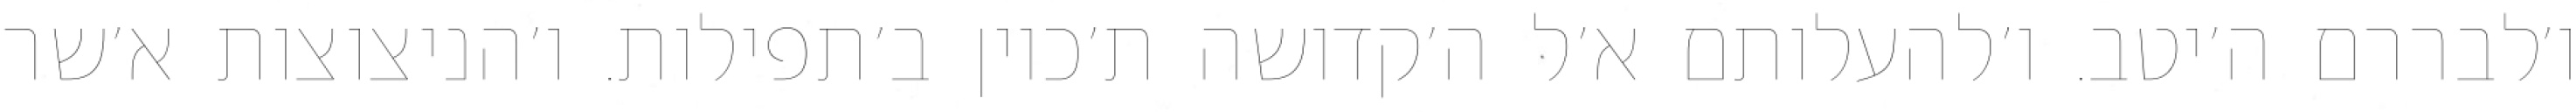
ו׳לבררם ה׳יטב. ו׳להעלותם א׳ל ה׳קדושה ת׳כוין ב׳תפילות. ו׳הניצוצות א׳שר